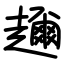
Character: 趰